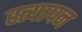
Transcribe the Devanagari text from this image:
स्त्यापन